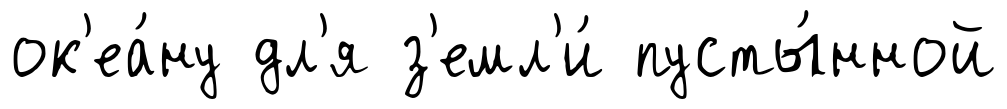
ок'еа́ну дл'я з'емл'и́ пусты́нной